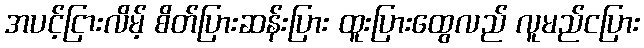
အပင့်ငြားလိမ့် စိတ်ပြားဆန်းပြား ထူးပြားထွေလည် လူမည်ငပြား